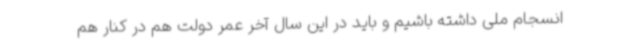
انسجام ملی داشته باشیم و باید در این سال آخر عمر دولت هم در کنار هم